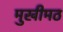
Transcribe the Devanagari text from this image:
मुखीमठ